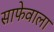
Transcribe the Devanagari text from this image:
साफेवाला